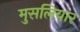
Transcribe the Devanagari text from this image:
मुसलियार